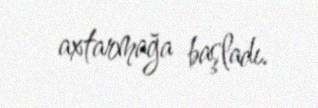
axtarmağa başladı.